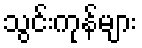
သွင်းကုန်များ